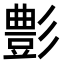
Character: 𮙕